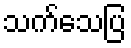
သက်သေပြ